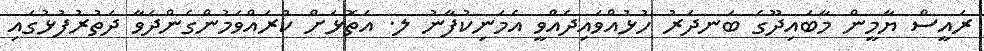
ރައީސް ޔާމީން މާބައިދޫގެ ބަނދަރު ހުޅުއްވައިދެއްވީ އެމަނިކުފާނު ލ. އަތޮޅަށް ކުުރައްވަމުންގެންދަވާ ދަތުރުފުޅުގައި